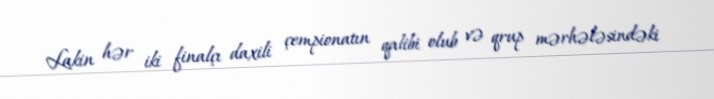
Lakin hər iki finalçı daxili çempionatın qalibi olub və qrup mərhələsindəki